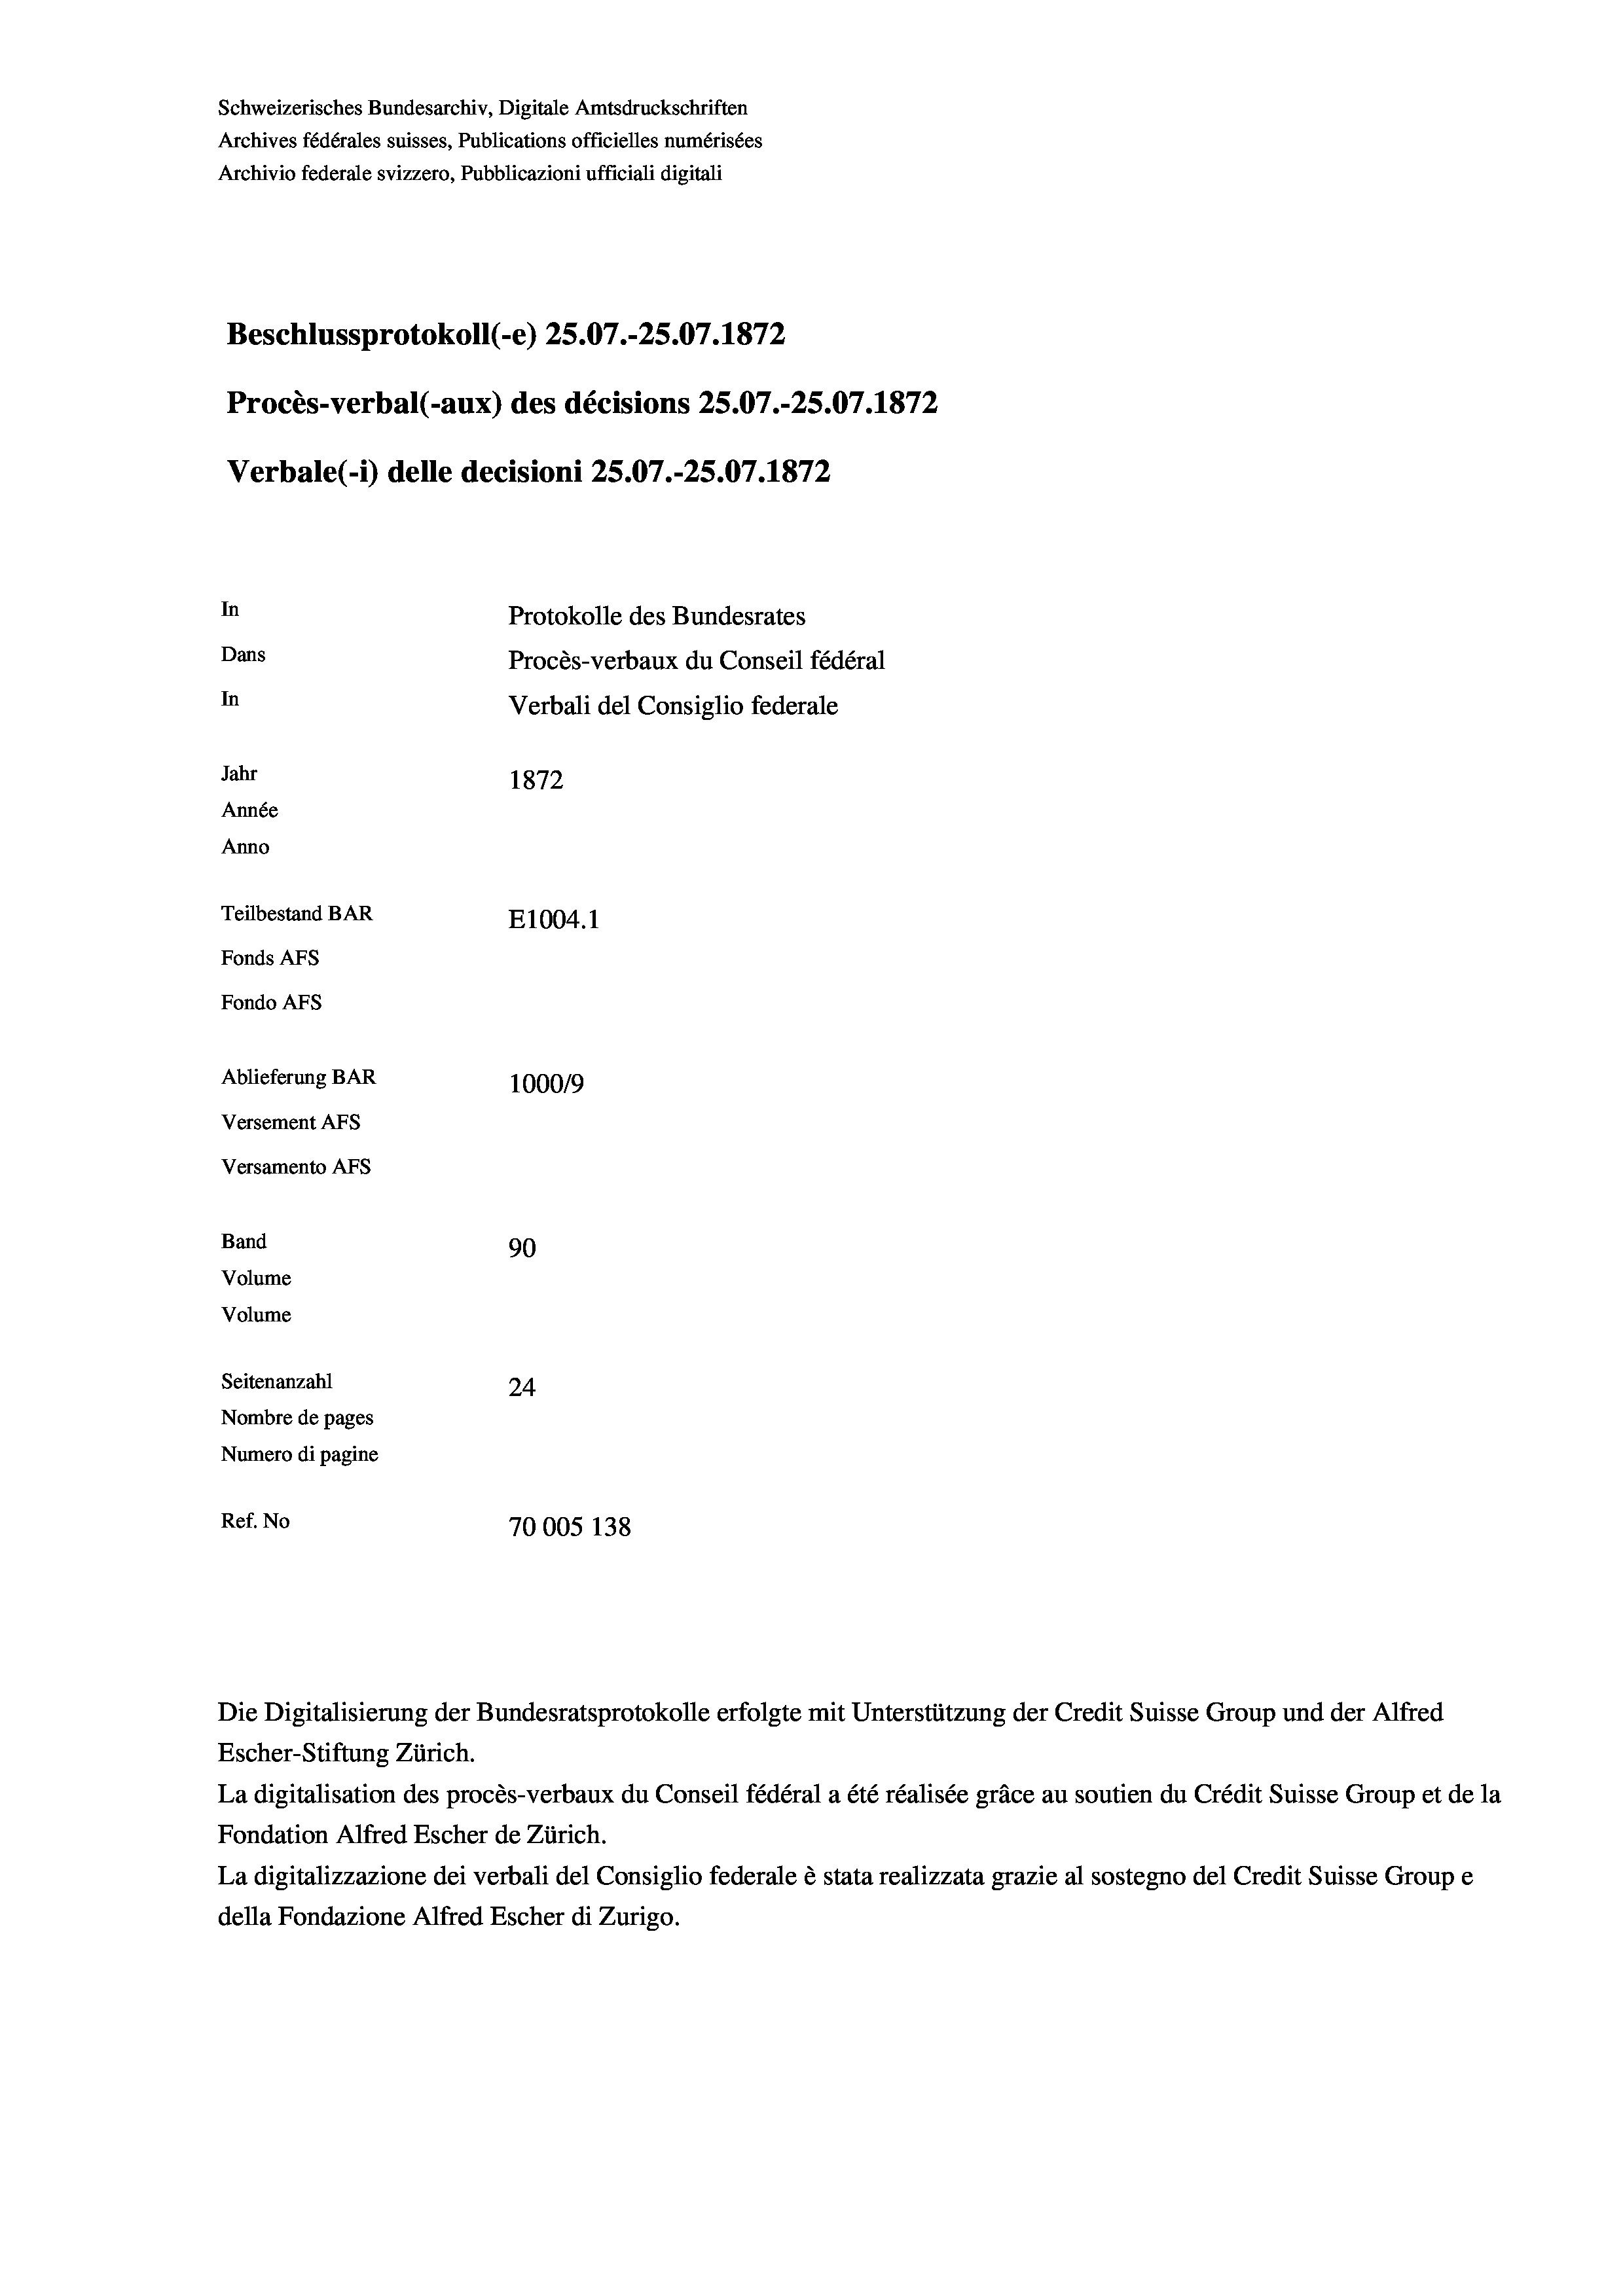
Schweizerisches Bundesarchiv, Digitale Amtsdruckschriften
Archives fédérales suisses, Publications officielles numérisées
Archivio federale svizzero, Pubblicazioni ufficiali digitali
Beschlussprotokoll (-e) 25.07.-25.07. 1872
Procès-verbal (-aux) des décisions 25.07.-25.07. 1872
Verbale (1) delle decisioni 25.07.-25.07. 1872
In
Protokolle des Bundesrates
Dans
Procès-verbaux du Conseil fédéral
In
Verbali del Consiglio federale
Jahr
1872
Année
Anno
Teilbestand BAR
E1004.1
Fonds AFs
Fondo AFs
Ablieferung BAR
100019
Versement AFs
Versamento Afs
Band
90
Volume
Volume
Seitenanzahl
24
Nombre de pages
Numero di pagine
Ref. No
70005 138

Escher-Stiftung Zürich.
La digitalisation des procès-verbaux du Conseil fédéral a été réalisée gräce au soutien du Crédit Suisse Group et de la
Fondation Alfred Escher de Zürich.
La digitalizzazione dei verbali del Consiglio federale è stata realizzata grazie al sostegno del Credit Suisse Groupe
della Fondazione Alfred Escher di Zurigo.

Die Digitalisierung der Bundesratsprotokolle erfolgte mit Unterstützung der Credit Suisse Group und der Alfred